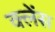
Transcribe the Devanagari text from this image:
क्लेंस